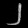
Digit: ၂